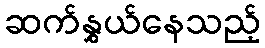
ဆက်နွှယ်နေသည့်